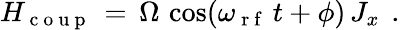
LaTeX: H_{\mathrm{~c~o~u~p~}}\, =\, \Omega\, \cos(\omega_{\mathrm{~r~f~}}\, t+\phi)\, J_{x}\, \mathrm{~.~}